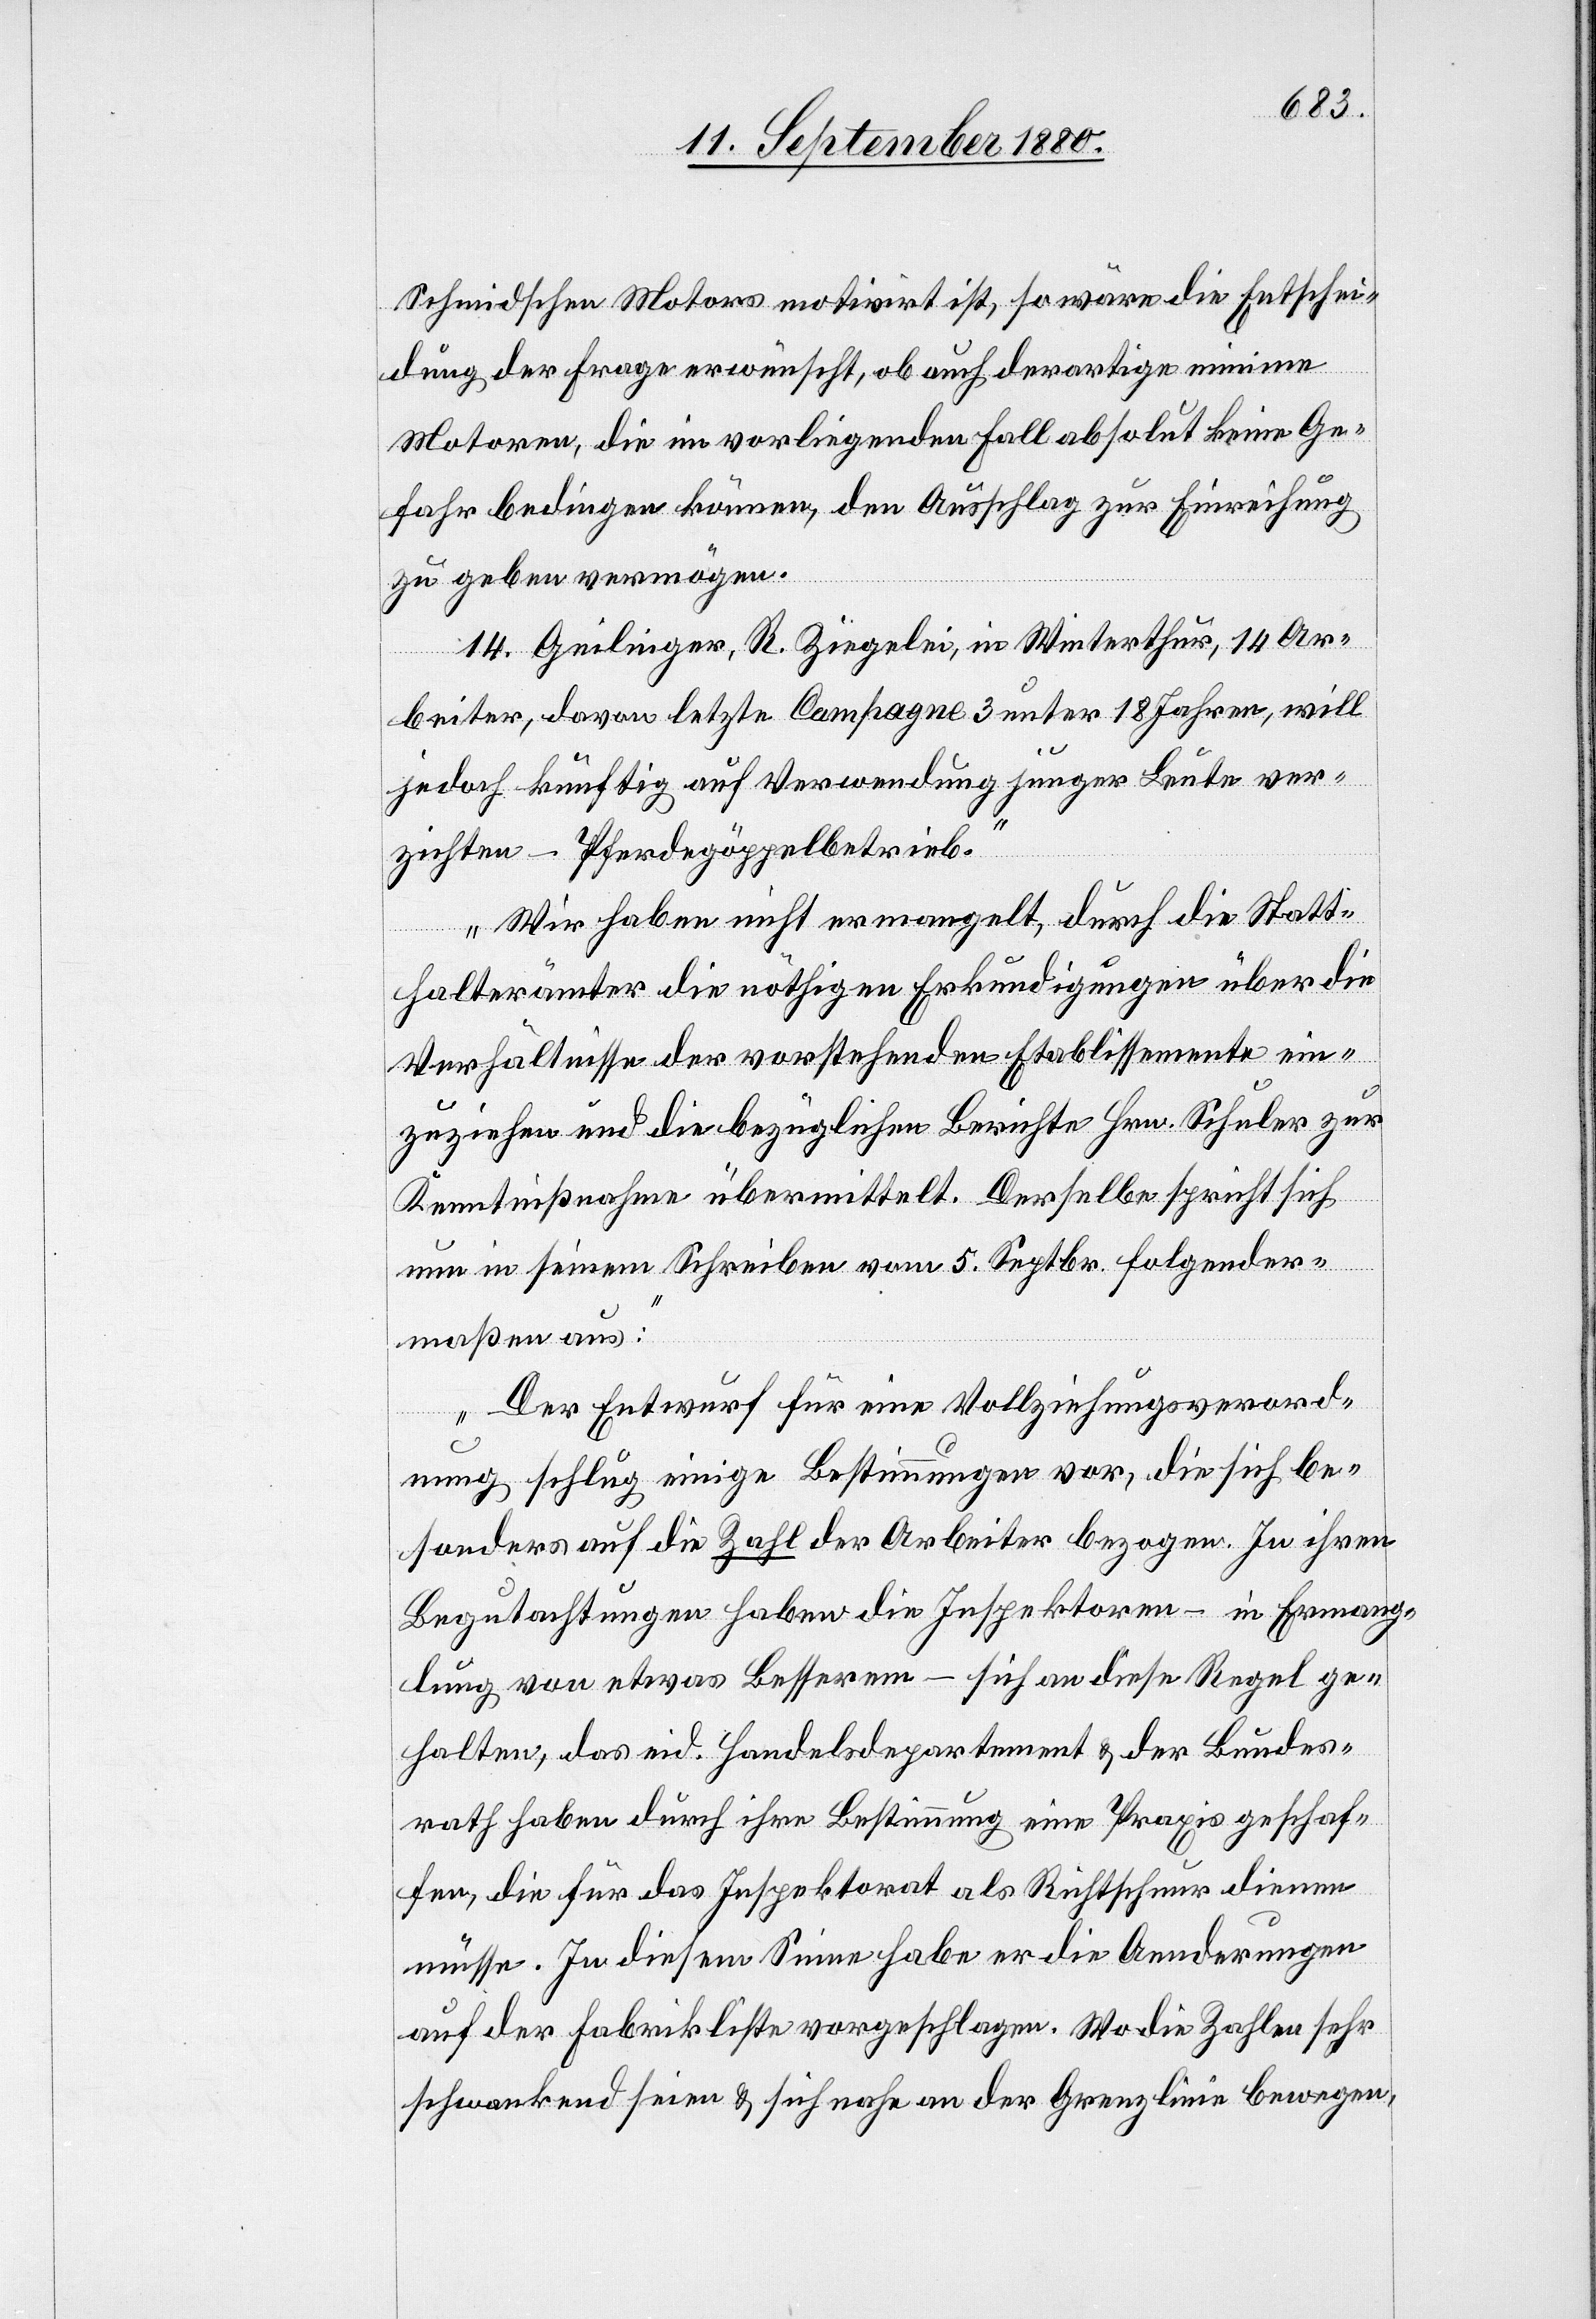
Schmidschen Motors motivirt ist, so wäre die Entschei¬
dung der Frage erwünscht, ob auch derartige minime
Motoren, die im vorliegenden Fall absolut keine Ge¬
fahr bedingen können, den Ausschlag zur Einreichung
zu geben vermögen.
14. Geilinger, R. Ziegelei, in Winterthur, 14 Ar¬
beiter, davon letzte Campagne 3 unter 18 Jahren, will
jedoch künftig auf Verwendung junger Leute ver¬
zichten – Pferdegöppelbetrieb.
Wir haben nicht ermangelt, durch die Statt¬
halterämter die nöthigen Erkundigungen über die
Verhältnisse der vorstehenden Etablissemente ein¬
zuziehen und die bezüglichen Berichte Hrn. Schuler zur
Kenntnißnahme übermittelt. Derselbe spricht sich
nun in seinem Schreiben vom 5. Septbr. folgender¬
maßen aus:
Der Entwurf für eine Vollziehungsverord¬
nung schlug einige Bestimmungen vor, die sich be¬
sonders auf die Zahl der Arbeiter bezogen. In ihren
Begutachtungen haben die Inspektoren – in Ermang¬
lung von etwas Besserem – sich an diese Regel ge¬
halten, das eid. Handelsdepartement & der Bundes¬
rath haben durch ihre Bestimmung eine Praxis geschaf¬
fen, die für das Inspektorat als Richtschnur dienen
müsse. In diesem Sinne habe er die Aenderungen
auf der Fabrikliste vorgeschlagen. Wo die Zahlen sehr
schwankend seien & sich nahe an der Grenzlinie bewegen,